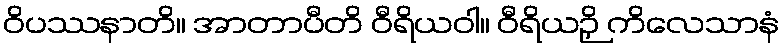
ဝိပဿနာတိ။ အာတာပီတိ ဝီရိယဝါ။ ဝီရိယဉှိ ကိလေသာနံ